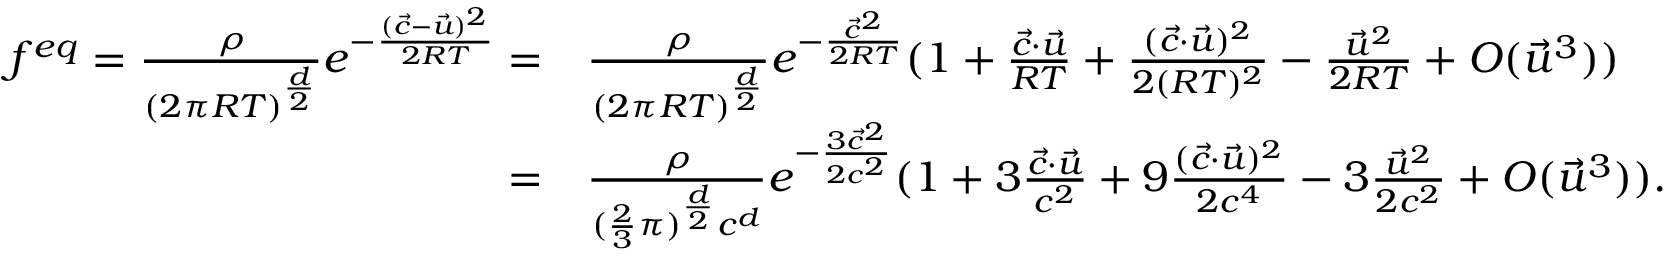
\begin{array} { r l } { f ^ { e q } = \frac { \rho } { ( 2 \pi R T ) ^ { \frac { d } { 2 } } } e ^ { - \frac { ( \Vec { c } - \Vec { u } ) ^ { 2 } } { 2 R T } } = } & { \frac { \rho } { ( 2 \pi R T ) ^ { \frac { d } { 2 } } } e ^ { - \frac { \vec { c } ^ { 2 } } { 2 R T } } ( 1 + \frac { \Vec { c } \cdot \Vec { u } } { R T } + \frac { ( \Vec { c } \cdot \Vec { u } ) ^ { 2 } } { 2 ( R T ) ^ { 2 } } - \frac { \Vec { u } ^ { 2 } } { 2 R T } + O ( \Vec { u } ^ { 3 } ) ) } \\ { = } & { \frac { \rho } { ( \frac { 2 } { 3 } \pi ) ^ { \frac { d } { 2 } } c ^ { d } } e ^ { - \frac { 3 \vec { c } ^ { 2 } } { 2 c ^ { 2 } } } ( 1 + 3 \frac { \Vec { c } \cdot \Vec { u } } { c ^ { 2 } } + 9 \frac { ( \Vec { c } \cdot \Vec { u } ) ^ { 2 } } { 2 c ^ { 4 } } - 3 \frac { \Vec { u } ^ { 2 } } { 2 c ^ { 2 } } + O ( \Vec { u } ^ { 3 } ) ) . } \end{array}